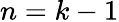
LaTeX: n=k-1